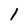
Character: 1